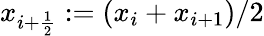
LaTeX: x_{i+\frac 12}:=(x_{i}+x_{i+1})/2